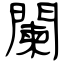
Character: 闌